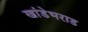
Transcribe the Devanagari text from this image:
खांडेभराड